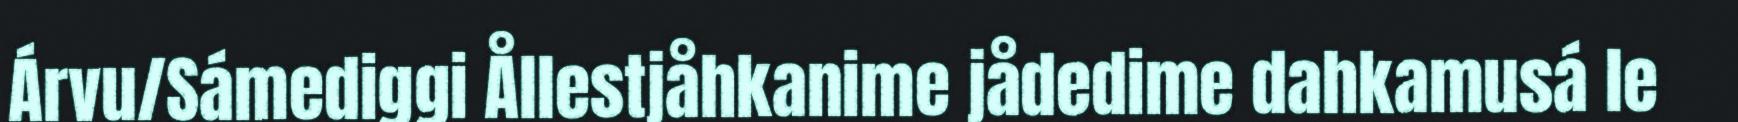
Árvu/Sámediggi Ållestjåhkanime jådedime dahkamusá le